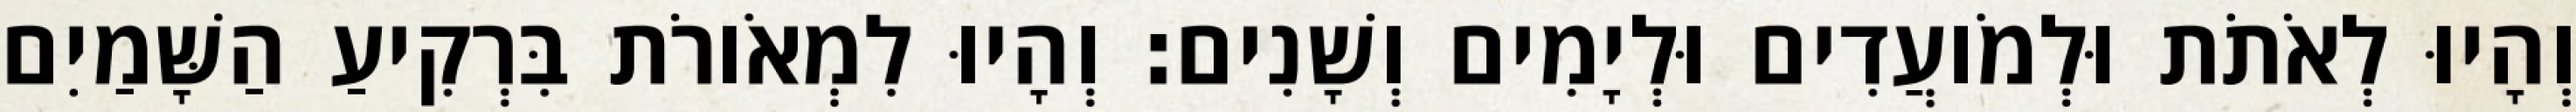
וְהָיוּ לְאֹתֹת וּלְמֹועֲדִים וּלְיָמִים וְשָׁנִים׃ וְהָיוּ לִמְאֹורֹת בִּרְקִיעַ הַשָּׁמַיִם